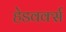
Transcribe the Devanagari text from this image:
हेडवर्क्स